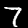
Label: 7